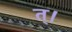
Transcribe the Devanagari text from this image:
त्।